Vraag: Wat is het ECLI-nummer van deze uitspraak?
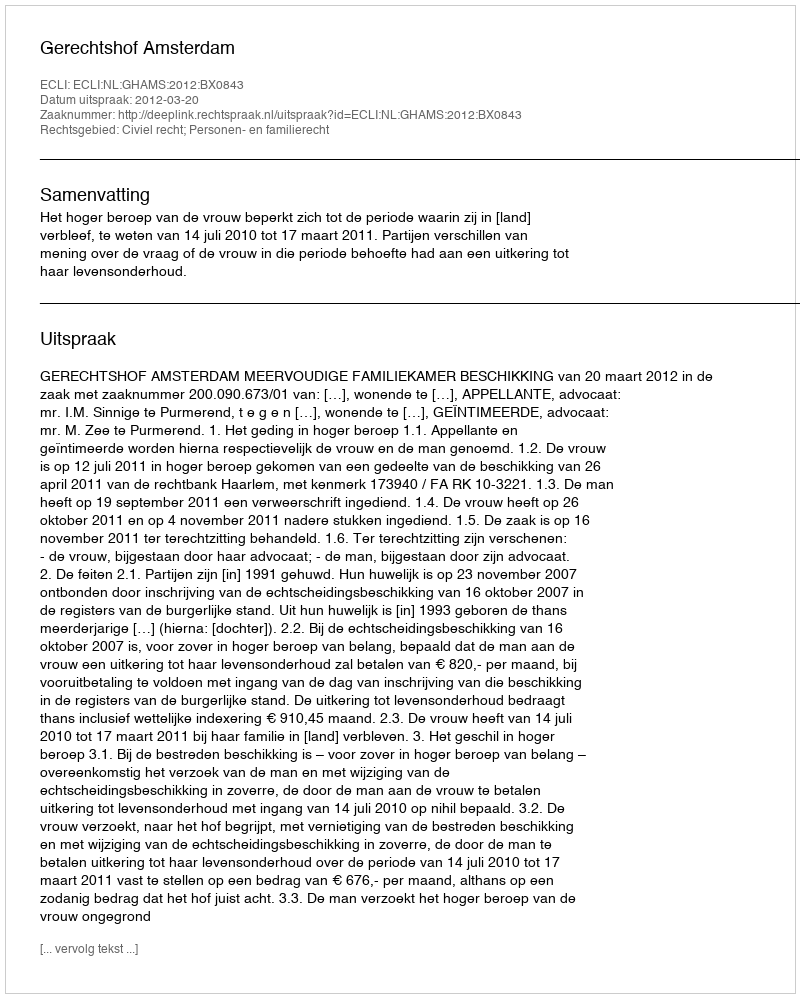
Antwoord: ECLI:NL:GHAMS:2012:BX0843